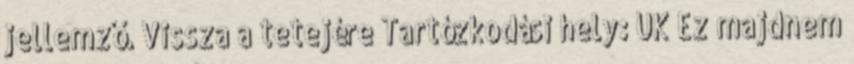
jellemző. Vissza a tetejére Tartózkodási hely: UK Ez majdnem